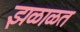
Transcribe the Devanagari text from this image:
झळाळत